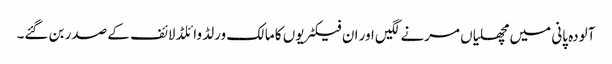
آلودہ پانی میں مچھلیاں مرنے لگیں اور ان فیکٹریوں کا مالک ورلڈ وائلڈ لائف کے صدر بن گئے۔